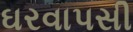
ઘરવાપસી